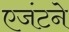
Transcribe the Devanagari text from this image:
एजंटने